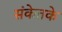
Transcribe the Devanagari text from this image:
संकेतके